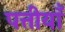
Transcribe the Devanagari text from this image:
पत्तीयाँ